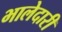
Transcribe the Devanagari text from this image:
भालेदारी